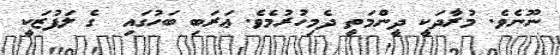
ނޫނެވެ. މުރާދަކީ ދީންމަތީ ދެމިހުރުމެވެ. ޢަރަބި ބަހުގައި  ގެ ލަފުޒަކީ